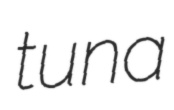
tuna